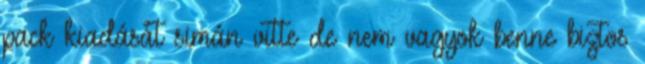
pack kiadását simán vitte de nem vagyok benne biztos